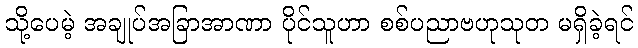
သို့ပေမဲ့ အချုပ်အခြာအာဏာ ပိုင်သူဟာ စစ်ပညာဗဟုသုတ မရှိခဲ့ရင်